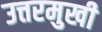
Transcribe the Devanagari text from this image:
उत्तरमुखी